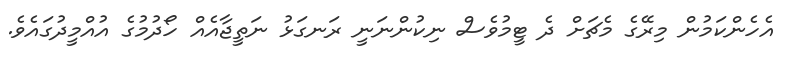
އެހެންކަމުން މިރޭގެ މެޗަށް ދެ ޓީމުވެސް ނިކުންނަނީ ރަނގަޅު ނަތީޖާއެއް ހޯދުމުގެ އުއްމީދުގައެވެ.